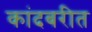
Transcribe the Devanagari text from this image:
कांदबरीत